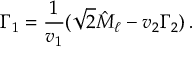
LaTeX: \Gamma _ { 1 } = \frac { 1 } { v _ { 1 } } ( \sqrt { 2 } \hat { M } _ { \ell } - v _ { 2 } \Gamma _ { 2 } ) \, .